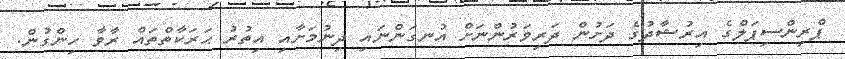
ޕްރިންސިޕަލްގެ އިރުޝާދުގެ ދަށުން ދަރިވަރުންނަށް އުނގަންނައި ދިނުމަށާއި އިތުރު ޙަރަކާތްތައް ރާވާ ހިންގުން.